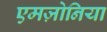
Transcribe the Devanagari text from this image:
एमज़ोनिया